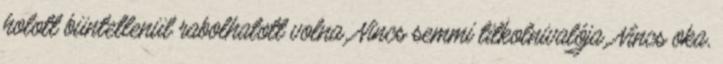
holott büntetlenül rabolhatott volna. Nincs semmi titkolnivalója. Nincs oka,